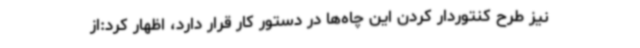
نیز طرح کنتوردار کردن این چاه‌ها در دستور کار قرار دارد، اظهار کرد:از